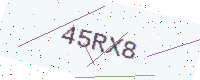
Text: 45RX8